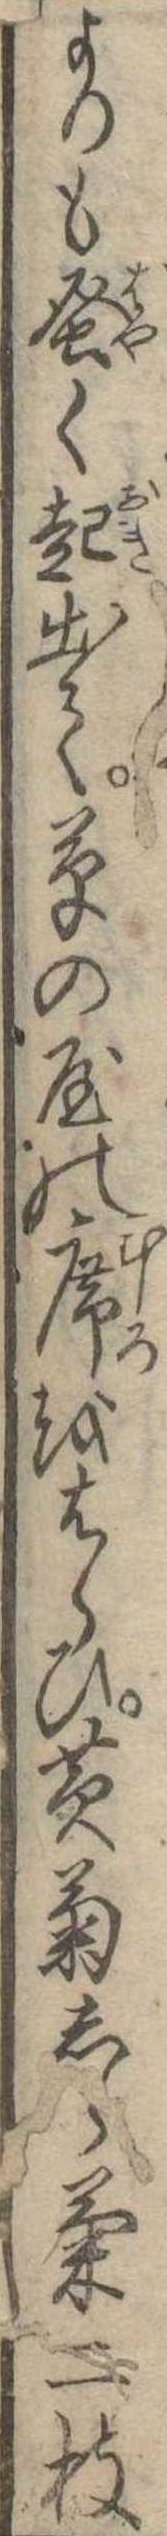
よりも蚤く起出て草の屋の席をはらひ黄菊しら菊二枝